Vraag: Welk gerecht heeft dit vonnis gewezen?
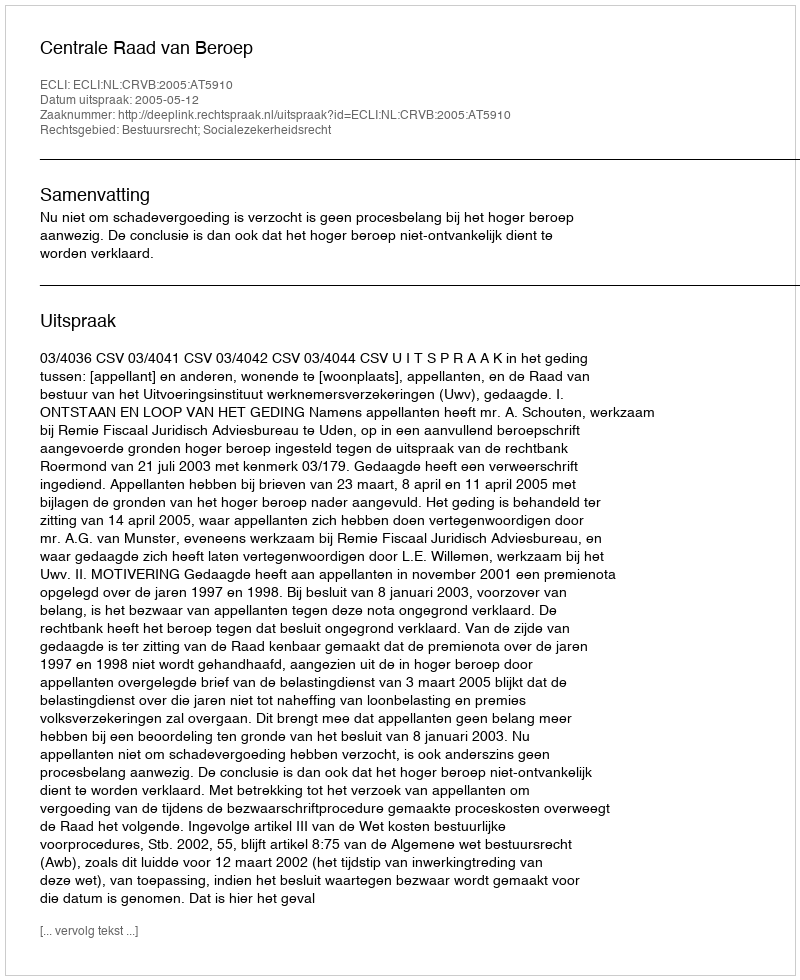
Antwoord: Centrale Raad van Beroep